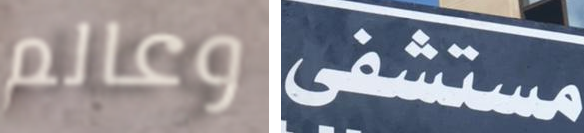
وعالم مستشفى